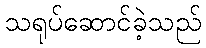
သရုပ်ဆောင်ခဲ့သည်